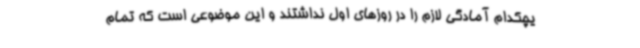
یچکدام آمادگی لازم را در روزهای اول نداشتند و این موضوعی است که تمام